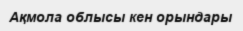
Ақмола облысы кен орындары